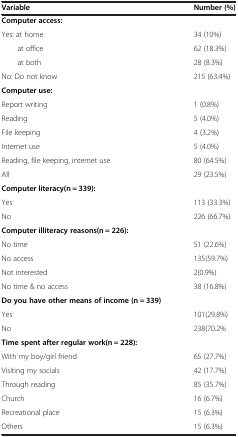
| Variable | Number (%) |
 | --- | --- |
 | Computer access: |  |
 | Yes: at home | 34 (10%) |
 | at office | 62 (18.3%) |
 | at both | 28 (8.3%) |
 | No: Do not know | 215 (63.4%) |
 | Computer use: |  |
 | Report writing | 1 (0.8%) |
 | Reading | 5 (4.0%) |
 | File keeping | 4 (3.2%) |
 | Internet use | 5 (4.0%) |
 | Reading, file keeping, internet use | 80 (64.5%) |
 | All | 29 (23.5%) |
 | Computer literacy(n = 339): |  |
 | Yes | 113 (33.3%) |
 | No | 226 (66.7%) |
 | Computer illiteracy reasons(n = 226): |  |
 | No time | 51 (22.6%) |
 | No access | 135(59.7%) |
 | Not interested | 2(0.9%) |
 | No time & no access | 38 (16.8%) |
 | Do you have other means of income (n = 339) |  |
 | Yes | 101(29.8%) |
 | No | 238(70.2% |
 | Time spent after regular work(n = 228): |  |
 | With my boy/girl friend | 65 (27.7%) |
 | Visiting my socials | 42 (17.7%) |
 | Through reading | 85 (35.7%) |
 | Church | 16 (6.7%) |
 | Recreational place | 15 (6.3%) |
 | Others | 15 (6.3%) |